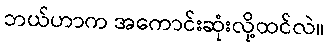
ဘယ်ဟာက အကောင်းဆုံးလို့ထင်လဲ။